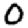
Digit: 0